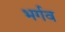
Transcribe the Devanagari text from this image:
भर्गव